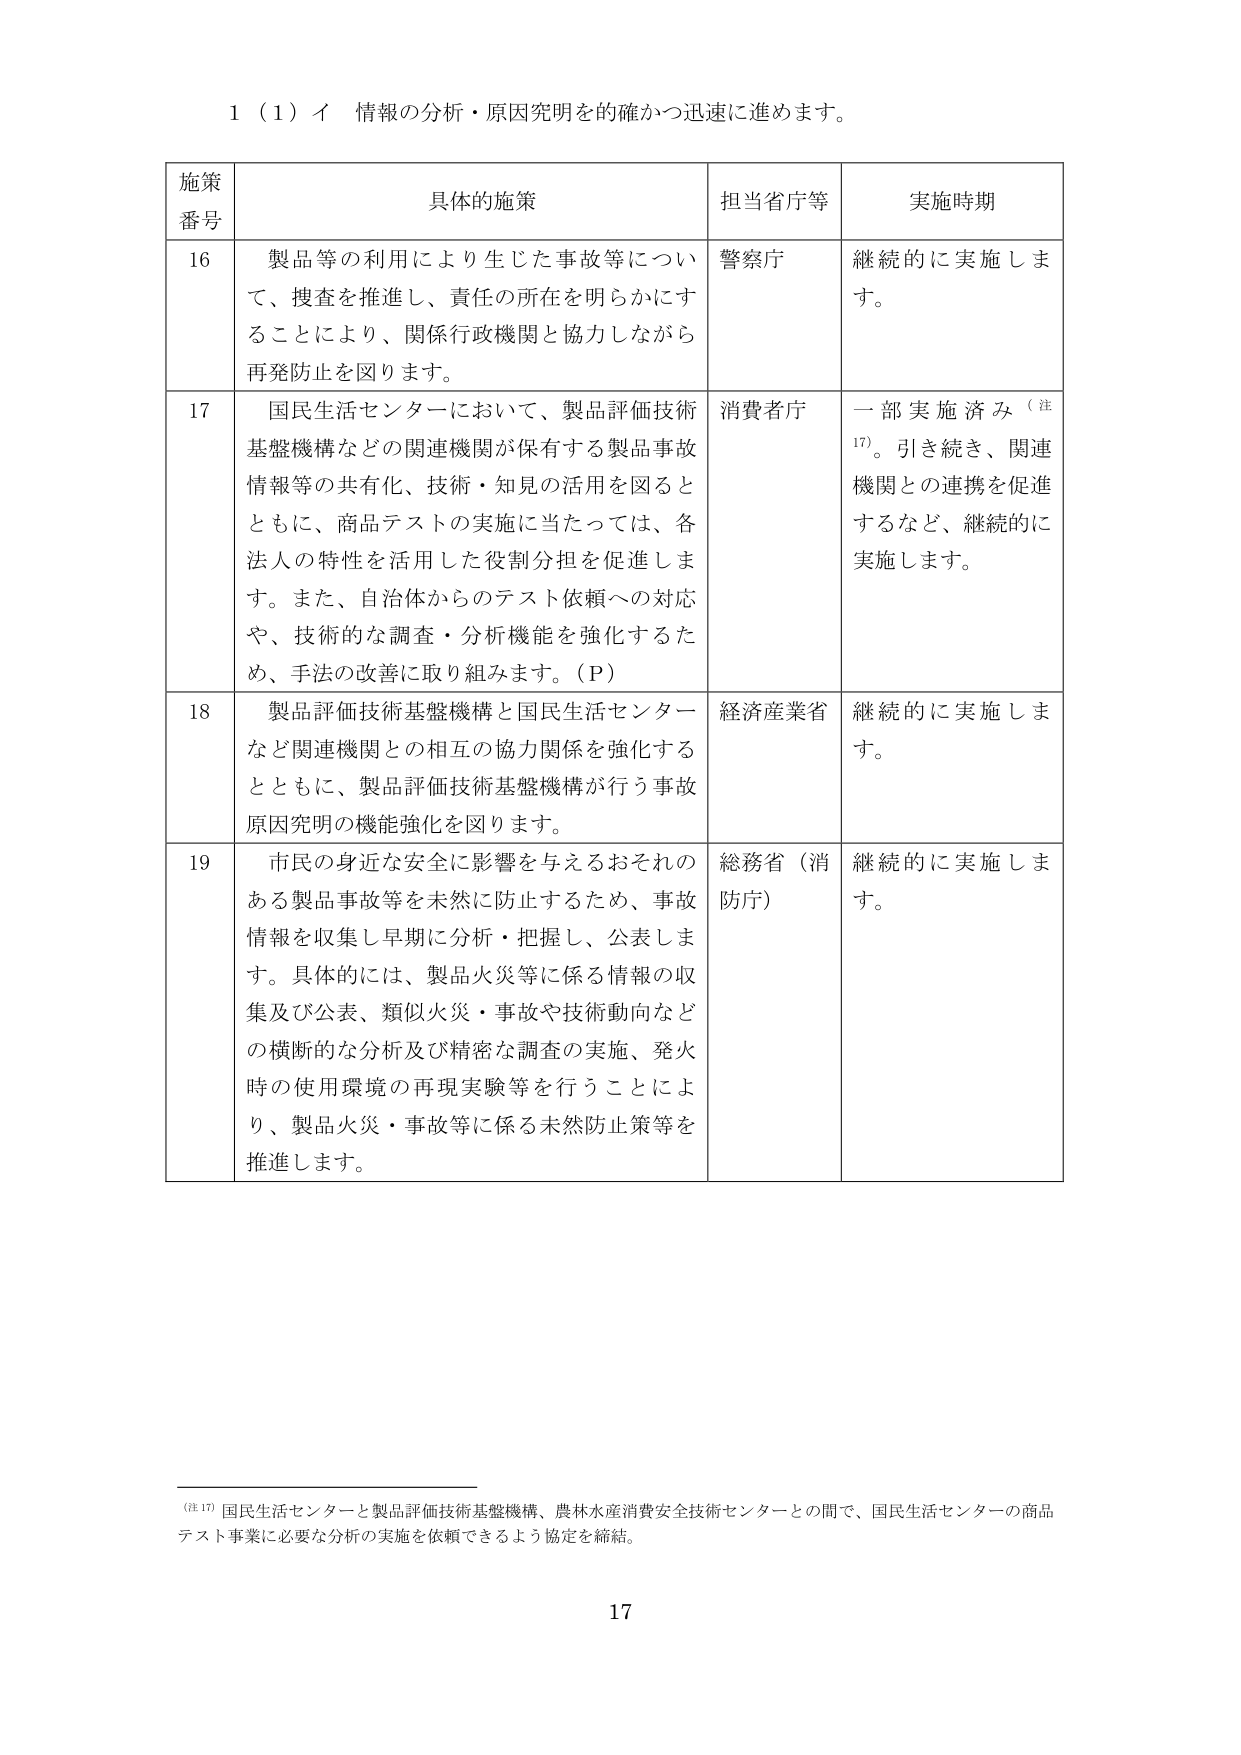
1（1）イ 情報の分析・原因究明を的確かつ迅速に進めます。

施策番号 具体的施策 担当省庁等 実施時期

16 製品等の利用により生じた事故等について、捜査を推進し、責任の所在を明らかにすることにより、関係行政機関と協力しながら再発防止を図ります。 警察庁 継続的に実施します。

17 国民生活センターにおいて、製品評価技術基盤機構などの関連機関が保有する製品事故情報等の共有化、技術・知見の活用を図るとともに、商品テストの実施に当たっては、各法人の特性を活用した役割分担を促進します。また、自治体からのテスト依頼への対応や、技術的な調査・分析機能を強化するため、手法の改善に取り組みます。（P） 消費者庁 一部実施済み（注17）。引き続き、関連機関との連携を促進するなど、継続的に実施します。

18 製品評価技術基盤機構と国民生活センターなど関連機関との相互の協力関係を強化するとともに、製品評価技術基盤機構が行う事故原因究明の機能強化を図ります。 経済産業省 継続的に実施します。

19 市民の身近な安全に影響を与えるおそれのある製品事故等を未然に防止するため、事故情報を収集し早期に分析・把握し、公表します。具体的には、製品火災等に係る情報の収集及び公表、類似火災・事故や技術動向などの横断的な分析及び精密な調査の実施、発火時の使用環境の再現実験等を行うことにより、製品火災・事故等に係る未然防止策等を推進します。 総務省（消防庁） 継続的に実施します。

（注17）国民生活センターと製品評価技術基盤機構、農林水産消費安全技術センターとの間で、国民生活センターの商品テスト事業に必要な分析の実施を依頼できるよう協定を締結。

17